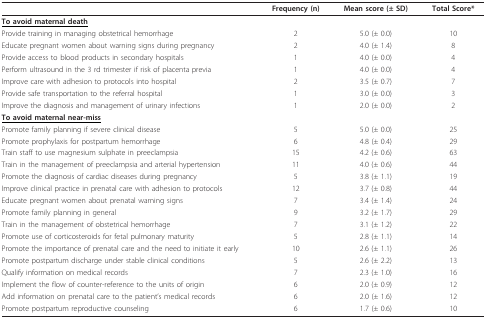
<table><thead><tr><td></td><td><b>Frequency (n)</b></td><td><b>Mean score (± SD)</b></td><td><b>Total Score*</b></td></tr></thead><tbody><tr><td><b><underline>To avoid maternal death</underline></b></td><td></td><td></td><td></td></tr><tr><td>Provide training in managing obstetrical hemorrhage</td><td>2</td><td>5.0 (± 0.0)</td><td>10</td></tr><tr><td>Educate pregnant women about warning signs during pregnancy</td><td>2</td><td>4.0 (± 1.4)</td><td>8</td></tr><tr><td>Provide access to blood products in secondary hospitals</td><td>1</td><td>4.0 (± 0.0)</td><td>4</td></tr><tr><td>Perform ultrasound in the 3 rd trimester if risk of placenta previa</td><td>1</td><td>4.0 (± 0.0)</td><td>4</td></tr><tr><td>Improve care with adhesion to protocols into hospital</td><td>2</td><td>3.5 (± 0.7)</td><td>7</td></tr><tr><td>Provide safe transportation to the referral hospital</td><td>1</td><td>3.0 (± 0.0)</td><td>3</td></tr><tr><td>Improve the diagnosis and management of urinary infections</td><td>1</td><td>2.0 (± 0.0)</td><td>2</td></tr><tr><td><b><underline>To avoid maternal near-miss</underline></b></td><td></td><td></td><td></td></tr><tr><td>Promote family planning if severe clinical disease</td><td>5</td><td>5.0 (± 0.0)</td><td>25</td></tr><tr><td>Promote prophylaxis for postpartum hemorrhage</td><td>6</td><td>4.8 (± 0.4)</td><td>29</td></tr><tr><td>Train staff to use magnesium sulphate in preeclampsia</td><td>15</td><td>4.2 (± 0.6)</td><td>63</td></tr><tr><td>Train in the management of preeclampsia and arterial hypertension</td><td>11</td><td>4.0 (± 0.6)</td><td>44</td></tr><tr><td>Promote the diagnosis of cardiac diseases during pregnancy</td><td>5</td><td>3.8 (± 1.1)</td><td>19</td></tr><tr><td>Improve clinical practice in prenatal care with adhesion to protocols</td><td>12</td><td>3.7 (± 0.8)</td><td>44</td></tr><tr><td>Educate pregnant women about prenatal warning signs</td><td>7</td><td>3.4 (± 1.4)</td><td>24</td></tr><tr><td>Promote family planning in general</td><td>9</td><td>3.2 (± 1.7)</td><td>29</td></tr><tr><td>Train in the management of obstetrical hemorrhage</td><td>7</td><td>3.1 (± 1.2)</td><td>22</td></tr><tr><td>Promote use of corticosteroids for fetal pulmonary maturity</td><td>5</td><td>2.8 (± 1.1)</td><td>14</td></tr><tr><td>Promote the importance of prenatal care and the need to initiate it early</td><td>10</td><td>2.6 (± 1.1)</td><td>26</td></tr><tr><td>Promote postpartum discharge under stable clinical conditions</td><td>5</td><td>2.6 (± 2.2)</td><td>13</td></tr><tr><td>Qualify information on medical records</td><td>7</td><td>2.3 (± 1.0)</td><td>16</td></tr><tr><td>Implement the flow of counter-reference to the units of origin</td><td>6</td><td>2.0 (± 0.9)</td><td>12</td></tr><tr><td>Add information on prenatal care to the patient&#x27;s medical records</td><td>6</td><td>2.0 (± 1.6)</td><td>12</td></tr><tr><td>Promote postpartum reproductive counseling</td><td>6</td><td>1.7 (± 0.6)</td><td>10</td></tr></tbody></table>